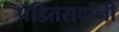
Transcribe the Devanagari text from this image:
पंडितरावांनी